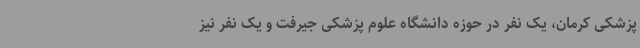
پزشکی کرمان، یک نفر در حوزه دانشگاه علوم پزشکی جیرفت و یک نفر نیز